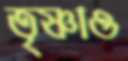
তৃষ্ণাও